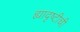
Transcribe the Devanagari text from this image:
ह्यादृष्टीची